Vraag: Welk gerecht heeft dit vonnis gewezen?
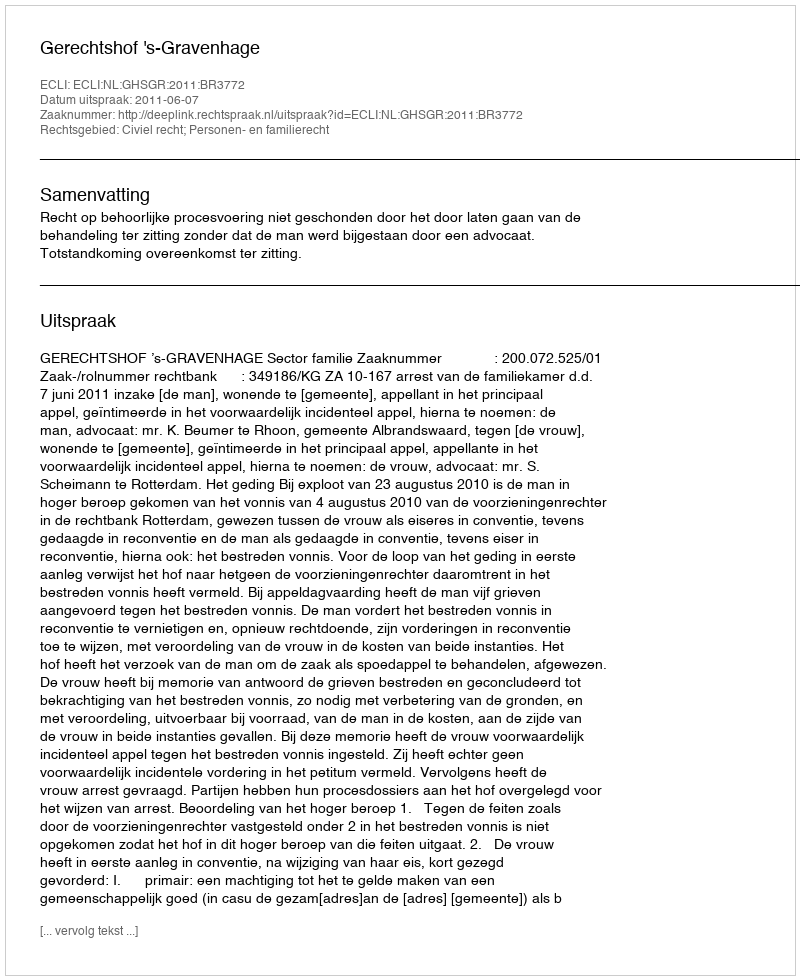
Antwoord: Gerechtshof 's-Gravenhage